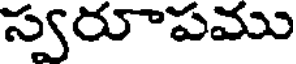
స్వరూపము